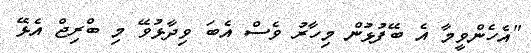
"އެހެންވީމާ އެ ބޭފުޅުން މިހާރު ވެސް އެބަ ވިދާޅުވޭ މި ބްރިޖް އެޅޭ